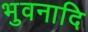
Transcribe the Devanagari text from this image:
भुवनादि